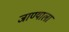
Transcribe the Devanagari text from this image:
जाण्याला